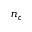
n _ { c }